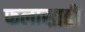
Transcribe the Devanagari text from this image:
फलासाठी